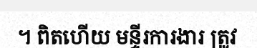
។ ពិតហើយ មន្ទីរការងារ ត្រូវ